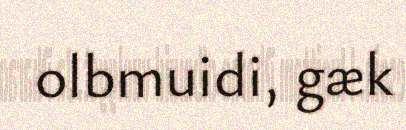
olbmuidi, gæk